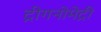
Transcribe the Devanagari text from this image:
ट्रीगनोमेट्री